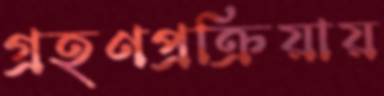
গ্রহণপ্রক্রিয়ায়